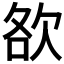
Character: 𣢷